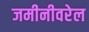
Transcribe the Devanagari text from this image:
जमीनीवरेल